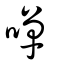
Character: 嘽